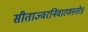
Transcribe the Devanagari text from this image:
सीताज्वरनिवारणस्तोत्र